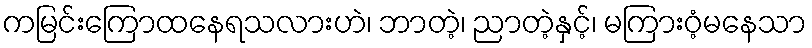
ကမြင်းကြောထနေရသလားဟဲ၊ ဘာတဲ့၊ ညာတဲ့နှင့်၊ မကြားဝံ့မနေသာ